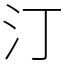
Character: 汀